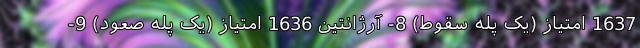
1637 امتیاز (یک پله سقوط) 8- آرژانتین 1636 امتیاز (یک پله صعود) 9-